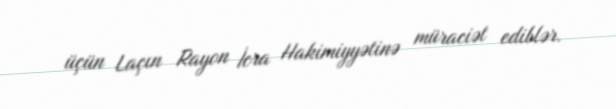
üçün Laçın Rayon İcra Hakimiyyətinə müraciət ediblər.